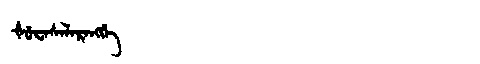
Manchu: ᡧᡠᠸᠠᠰᡝᠯᠠᡵᠠᠩᡤᡝ
Romanization: ŠUWASELARANGGE